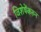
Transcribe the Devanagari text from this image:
विशेषेंकरुन